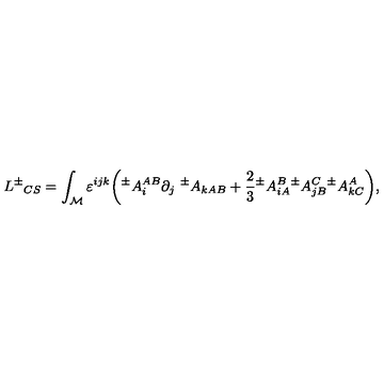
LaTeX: L { ^ { \pm } } _ { C S } = \int _ { \cal M } \varepsilon ^ { i j k } \bigg ( { ^ { \pm } } A _ { i } ^ { A B } \partial _ { j } { \ ^ { \pm } } A _ { k A B } + { \frac { 2 } { 3 } } { ^ { \pm } } A _ { i A } ^ { B } { ^ { \pm } } A _ { j B } ^ { C } { ^ { \pm } } A _ { k C } ^ { A } \bigg ) ,